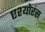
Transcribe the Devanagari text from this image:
एश्योरंस